Leaving Certificate Examination, 1907
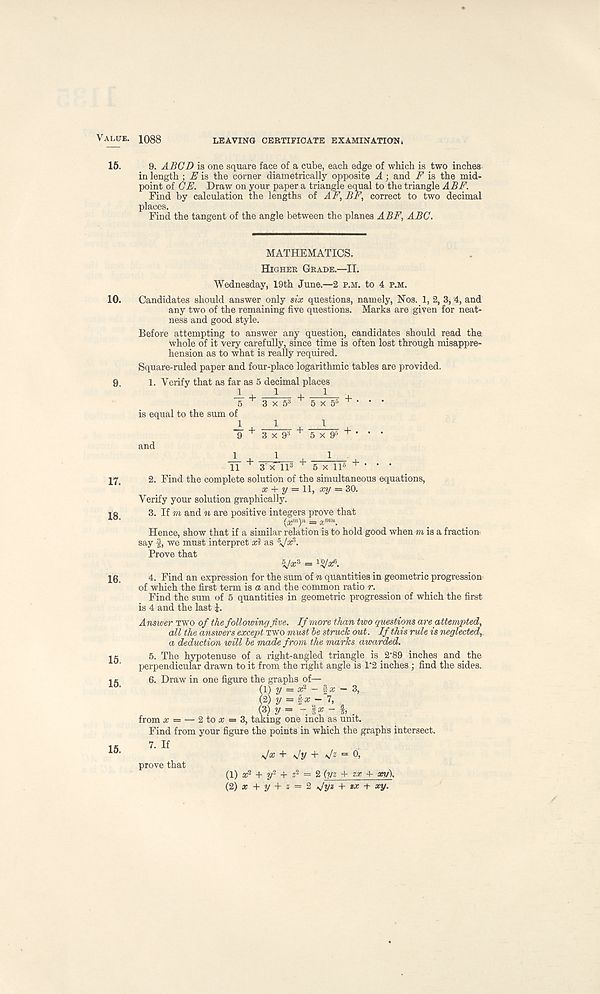
Value. 1088
LEAVING CERTIFICATE EXAMINATION >
15. 9. ABGD is one square face of a cube, each edge of which is two inches
in length : E is the corner diametrically opposite A ; and E is the mid-
point of GE. Draw on your paper a triangle equal to the triangle ABE.
Find by calculation the lengths of AF, BE, correct to two decimal
places.
Find the tangent of the angle between the planes ABF, ABC.
10.
9.
17.
18.
15.
15.
MATHEMATICS.
Higher Grade.—II.
Wednesday, 19th June.—2 p.m. to 4 p.m.
Candidates should answer only six questions, namely, Nos. 1, 2, 3, 4, and
any two of the remaining five questions. Marks are given for neat-
ness and good style.
Before attempting to answer any question, candidates should read the.
whole of it very carefully, since time is often lost through misappre-
hension as to what is really required.
Square-ruled paper and four-place logarithmic tables are provided.
1. Verify that as far as 5 decimal places
J_ + ^_ +_J_ +
5 3x 5 3 5x 5 5 + ‘ • ’
is equal to the sum of
2+ 1 , 1 ,
9 3 x 9 3 5 x 9 6 + ' •
and
IT + 3 x"Tl 3 + 5 x ll 6 + • • •
2. Find the complete solution of the simultaneous equations,
x + y = l\, xy = 30.
Verify your solution graphically.
3. If m and n are positive integers prove that
(x m ) n = x mu .
Hence, show that if a similar relation is to hold good when m is a fraction
say f, we must interpret art as V* 3 -
Prove that
V# 3 = 1 V* 6 -
4. Find an expression for the sum of n quantities in geometric progression
of which the first term is a and the common ratio r.
Find the sum of 5 quantities in geometric progression of which the first
is 4 and the last £.
Answer TWO of the following five. If more than two questions are attempted,
all the answers except two must he struck out. If this rule is neglected,
a deduction will be made from the marks awarded.
5. The hypotenuse of a right-angled triangle is 2' 89 inches and the
perpendicular drawn to it from the right angle is 1*2 inches ; find the sides.
6. Draw in one figure the graphs of—
/ = ar 2 - far -
(2) \ = far -'7,
(3) 2/ = - far - _
from x — — 2 to a; = 3, taking one inch as unit.
Find from your figure the points in which the graphs intersect.
3,
7. If
s]x + vty + <s/ z *= o,
(1) a: 2 + 2/ 2 + z 2 = 2 (yz + zx 4- xy\
(2) ar + y + z = 2 *Jyz + ux + xy.
15.
prove that